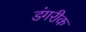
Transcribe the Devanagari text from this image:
डंगरीक